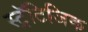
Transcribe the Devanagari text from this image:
स्ट्रॅटिजिक